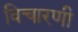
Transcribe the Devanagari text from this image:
विचारणी